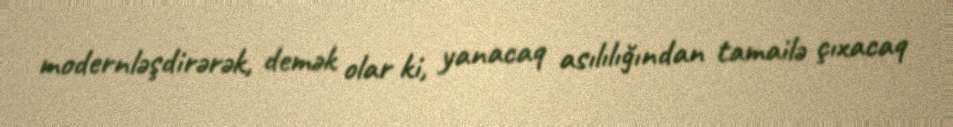
modernləşdirərək, demək olar ki, yanacaq asılılığından tamailə çıxacaq